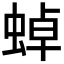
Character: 𧌸